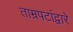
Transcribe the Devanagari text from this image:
ताम्रपटांद्वारे